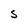
Character: S